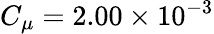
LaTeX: C_{\mu}=2.00\times 10^{-3}